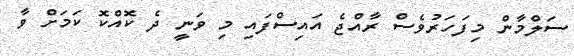
ސަލްމާން މިފަހަރުވެސް ރާއްޖެ އައިސްފައި މި ވަނީ ދެ ކޮއްކޮ ކަމަށް ވާ